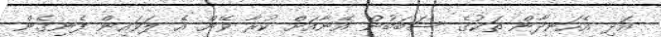
އަދި އެހަނދާން ތަކުގެ ސަބަބުން އޭނާއަށް ކުރާ ވޭން އެ ލަވައިން ފެނިގެން